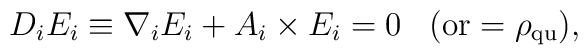
D_i E_i \equiv \nabla_i E_i + A_i \times E_i = 0 \; \; \; {\rm (or} =\rho_{\rm qu} {\rm )},